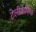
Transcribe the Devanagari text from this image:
टेलीग्राफिक